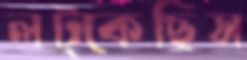
লট্‌কেছিস